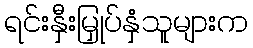
ရင်းနှီးမြှုပ်နှံသူများက